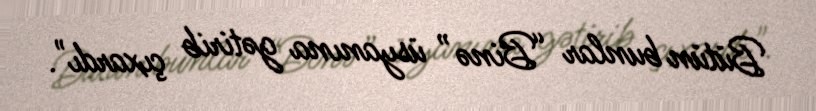
Bütün bunlar “Binə” üsyanına gətirib çıxardı".